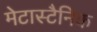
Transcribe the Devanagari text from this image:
मेटास्टैनिक